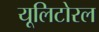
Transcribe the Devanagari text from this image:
यूलिटोरल